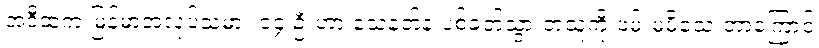
အဲဒီထဲက မြန်မာအလုပ်သမား ၁၄ ဦးဟာ သေနတ်နဲ့ ပစ်ခတ်သွားတဲ့သူကို ဖမ်းမမိသေးတာကြောင့်